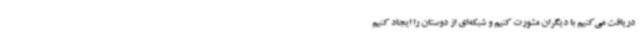
دریافت می‌کنیم با دیگران مشورت کنیم و شبکه‌ای از دوستان را ایجاد کنیم